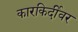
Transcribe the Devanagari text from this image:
कारकिर्दीवर